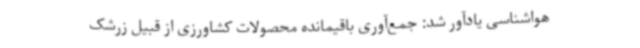
هواشناسی یادآور شد: جمع‌آوری باقیمانده محصولات کشاورزی از قبیل زرشک